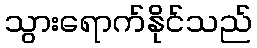
သွားရောက်နိုင်သည်